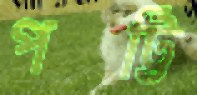
পট্টি